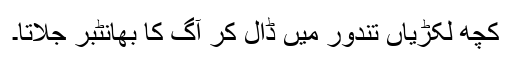
کچھ لکڑیاں تندور میں ڈال کر آگ کا بھانٹبر جلاتا۔